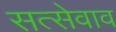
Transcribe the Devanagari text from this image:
सत्सेवाव